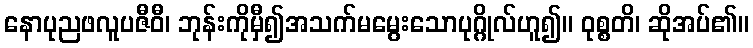
နောပုညဖလူပဇီဝီ၊ ဘုန်းကိုမှီ၍အသက်မမွေးသောပုဂ္ဂိုလ်ဟူ၍။ ဝုစ္စတိ၊ ဆိုအပ်၏။